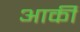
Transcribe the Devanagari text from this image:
आर्की